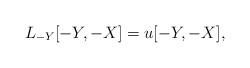
\begin{align*}L_{-Y} [-Y,-X] = u [-Y,-X],\end{align*}